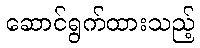
ဆောင်ရွက်ထားသည့်